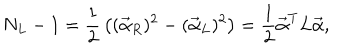
N _ { L } - 1 = { \frac { 1 } { 2 } } \left( ( \vec { \alpha } _ { R } ) ^ { 2 } - ( \vec { \alpha } _ { L } ) ^ { 2 } \right) = { \frac { 1 } { 2 } } \vec { \alpha } ^ { T } L \vec { \alpha } ,